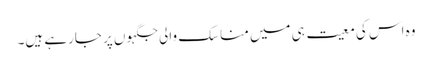
وہ اس کی معیت ہی میں مناسک والی جگہوں پر جارہے ہیں۔